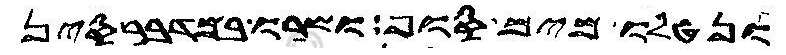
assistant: ונטלו מים סוף ושרו במדבר סין